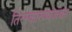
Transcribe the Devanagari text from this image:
तिरस्कारव्यंजका